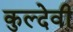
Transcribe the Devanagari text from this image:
कुल्देवी